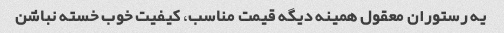
یه رستوران معقول همینه دیگه قیمت مناسب، کیفیت خوب خسته نباشن